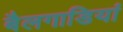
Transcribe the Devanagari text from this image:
बैलगाडियां